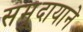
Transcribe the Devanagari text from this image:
समूदायाने